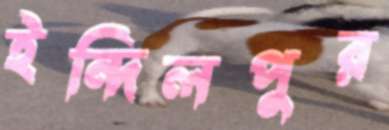
ইন্দিলপুর